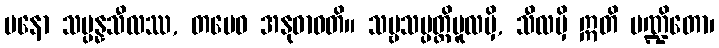
မနော သမ္ပန္နသီလဿ, တမေဝ အနုဓာဝတိ။ သဗ္ဗသမ္ပတ္တိမူလမှိ, သီလမှိ ဣတိ ပဏ္ဍိတော၊